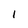
Character: 1